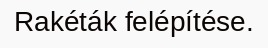
Rakéták felépítése.